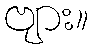
ဗျား။